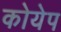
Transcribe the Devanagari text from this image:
कोयेप